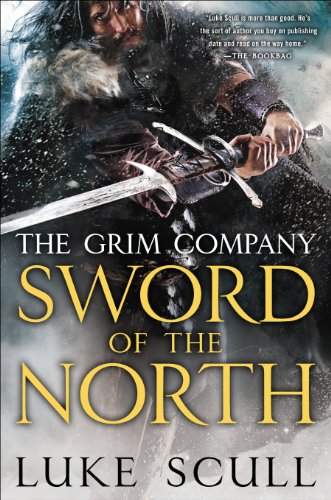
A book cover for Sword of the North: The Grim Company; Luke Scull; Science Fiction & Fantasy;